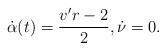
LaTeX: \begin{align*}\dot{\alpha }(t)=\frac{{v}'r-2}{2},\dot{\nu }=0.\end{align*}